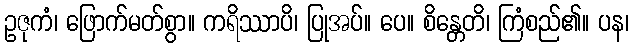
ဥဇုကံ၊ ဖြောက်မတ်စွာ။ ကရိဿာပိ၊ ပြုအပ်။ ပေ။ စိန္တေတိ၊ ကြံစည်၏။ ပန၊